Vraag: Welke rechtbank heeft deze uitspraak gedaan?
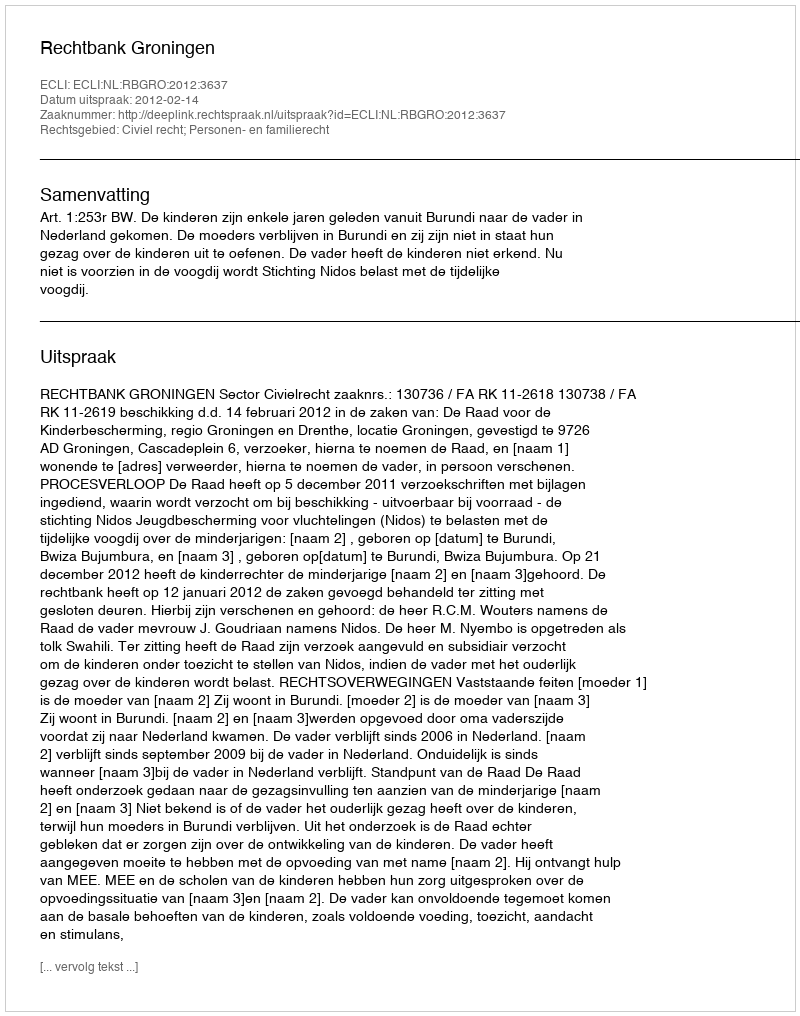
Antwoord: Rechtbank Groningen